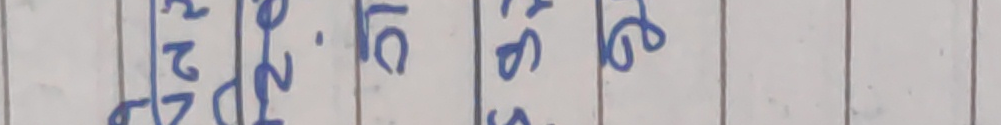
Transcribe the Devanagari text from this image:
२
२
१०
१४
१६